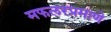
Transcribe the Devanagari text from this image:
मफलरप्रमाणे